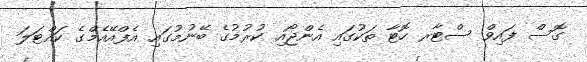
ގޮސް ފައިވް ސްޓާރ ހޮޓާ ތަކުގައި އެންޖޯއި ކުރުމުގެ ބޭނުމުގައި އެފްއޭއެމްގެ ކައްޓަލަ